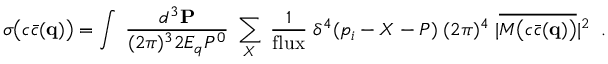
\sigma \big ( c \bar { c } ( { \bf q } ) \big ) = \int \; \frac { d ^ { 3 } { \bf P } } { ( 2 \pi ) ^ { 3 } 2 E _ { q } P ^ { 0 } } \; \sum _ { X } \; \frac { 1 } { { \mathrm { f l u x } } } \; \delta ^ { 4 } ( p _ { i } - X - P ) \; ( 2 \pi ) ^ { 4 } \; | \overline { { { { \cal M } \big ( c \bar { c } ( { \bf q } ) \big ) } } } | ^ { 2 } \; \; .